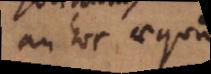
an hoc aequ